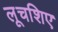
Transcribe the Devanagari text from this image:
लूचशिए